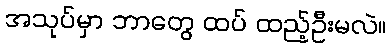
အသုပ်မှာ ဘာတွေ ထပ် ထည့်ဦးမလဲ။